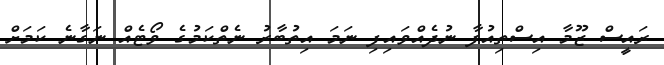
ރައީސް ޒޫމާ އިސްތިއުފާ ނުދެއްވައިފި ނަމަ އިތުބާރު ނެތްކަމުގެ ވޯޓެއް ނަގާނެ ކަމަށް